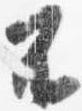
不